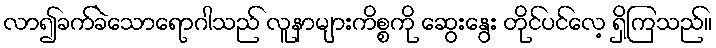
လာ၍ခက်ခဲသောရောဂါသည် လူနာများကိစ္စကို ဆွေးနွေး တိုင်ပင်လေ့ ရှိကြသည်။